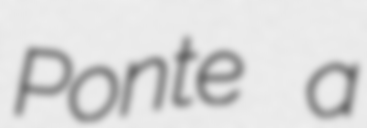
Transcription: Ponte a